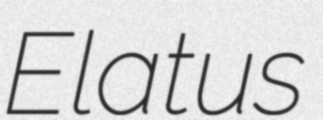
Elatus